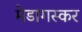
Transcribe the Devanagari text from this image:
मेडागस्कर